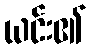
ယင်း၏